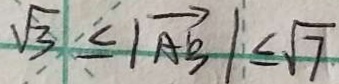
\sqrt { 3 } < \vert \overrightarrow { A B } \vert \leq \sqrt { 7 }